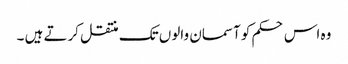
وہ اس حکم کو آسمان والوں تک منتقل کرتے ہیں ۔